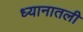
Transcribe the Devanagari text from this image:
ध्यानातली